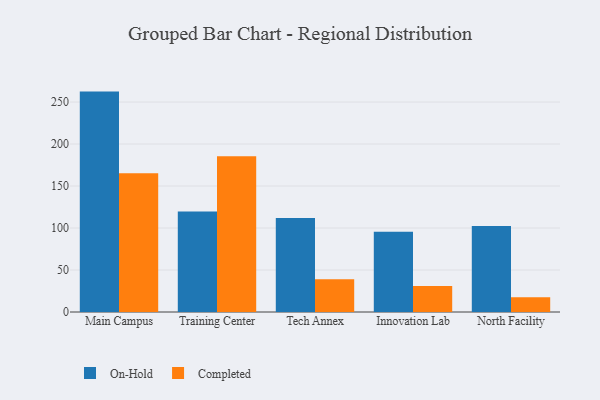
{"axis": {"x": "Campus", "y": "Active Users"}, "legend": ["Completed", "On-Hold"], "data": [{"x": "Main Campus", "y": 262.4, "type": "On-Hold"}, {"x": "Main Campus", "y": 165.2, "type": "Completed"}, {"x": "Training Center", "y": 119.8, "type": "On-Hold"}, {"x": "Training Center", "y": 185.3, "type": "Completed"}, {"x": "Tech Annex", "y": 111.9, "type": "On-Hold"}, {"x": "Tech Annex", "y": 39.1, "type": "Completed"}, {"x": "Innovation Lab", "y": 95.6, "type": "On-Hold"}, {"x": "Innovation Lab", "y": 31.1, "type": "Completed"}, {"x": "North Facility", "y": 102.3, "type": "On-Hold"}, {"x": "North Facility", "y": 17.7, "type": "Completed"}]}